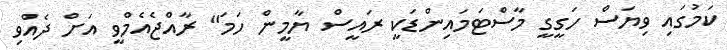
ކަމުގައި ވިޔަސް ހަގީގީ މާސްޓަމައިންޑަކީ ރައީސް ޔާމީން ހަމަ" ރާއްޖެއެމްވީ އަށް ދެއްވި